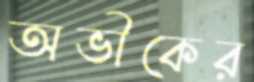
অভীকের